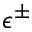
\epsilon ^ { \pm }